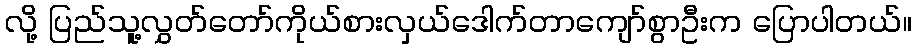
လို့ ပြည်သူ့လွှတ်တော်ကိုယ်စားလှယ်ဒေါက်တာကျော်စွာဦးက ပြောပါတယ်။